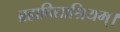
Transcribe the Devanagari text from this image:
ब्रह्मविद्याश्रियम्।